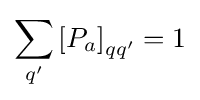
\sum _{q^{\prime }}\left[P_{a}\right]_{qq^{\prime }}=1